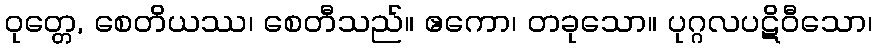
ဝုတ္တေ, စေတိယဿ၊ စေတီသည်။ ဧကော၊ တခုသော။ ပုဂ္ဂလပဋိဝီသော၊